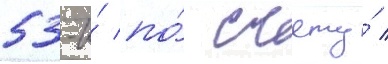
53-и́ по́ счету́ /